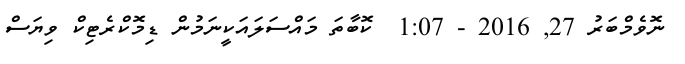
ނޮވެމްބަރު 27